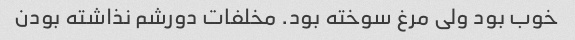
خوب بود ولی مرغ سوخته بود. مخلفات دورشم نذاشته بودن